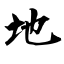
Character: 地